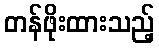
တန်ဖိုးထားသည့်